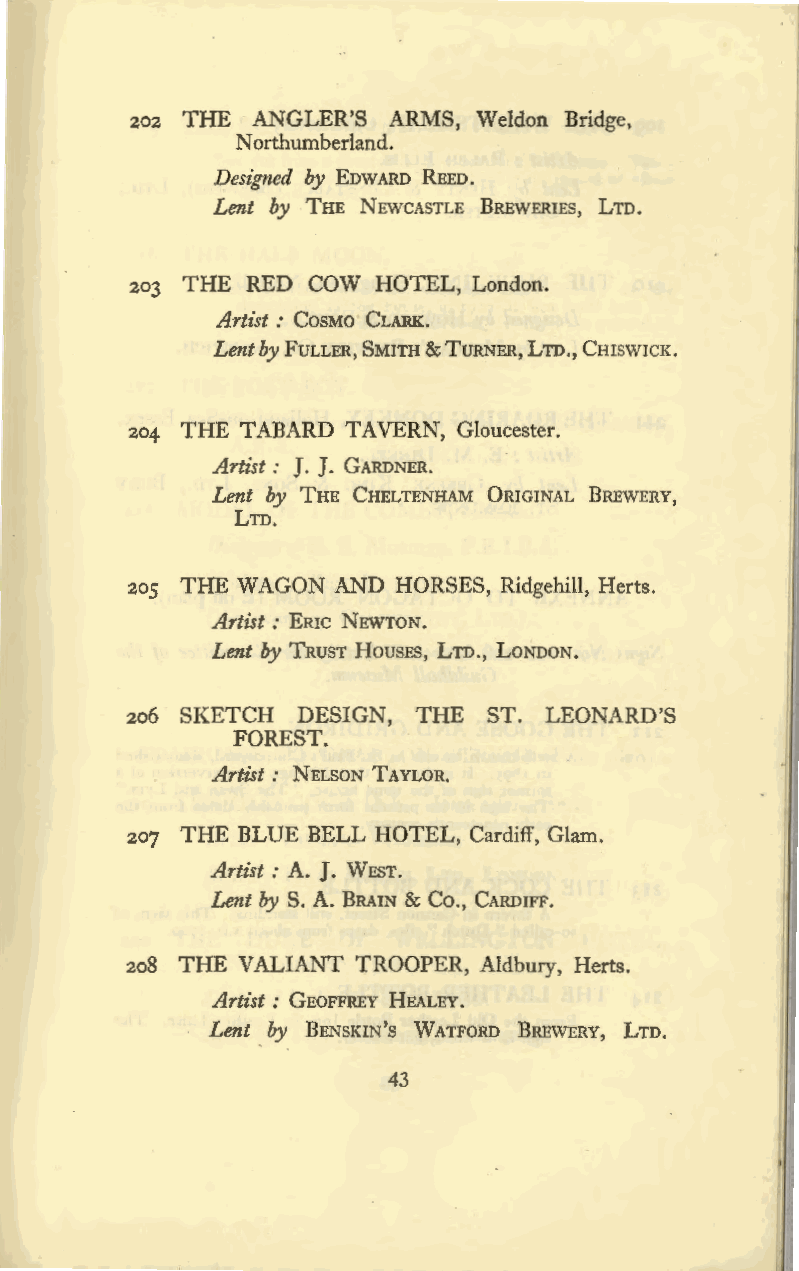
202 THE ANGLER'S ARMS, Weldon Bridge,
 Northumberland.
 Designed by EDWARD REED.
 Lent by THE NEWCASTLE BREWERIES, LTD.
 203 THE RED COW HOTEL, London.
 Artist: COSMO CLARK.
 Lent by FULLER, SMITH & TURNER, LTD., CHISWICK.
 204 THE TABARD TAVERN, Gloucester.
 Artist : J. J. GARDNER.
 Lent by THE CHELTENHAM ORIGINAL BREWERY,
 LTD.
 205 THE WAGON AND HORSES, Ridgehill, Herts.
 Artist: ERIC NEWTON.
 Lent by TRUST HousEs, LTD., LONDON.
 206 SKETCH  DESIGN, THE ST. LEONARD'S
 FOREST.
 Artist: NELSON TAYLOR.
 207 THE BLUE BELL HOTEL, Cardiff, Glam.
 Artist: A. J. WEST.
 Lent by S. A. BRAIN & Co., CARDIFF.
 208 THE VALIANT TROOPER, Aldbury, Herts.
 Artist : GEOFFREY HEALEY.
 Lent by BENSKIN's WATFORD BREWERY, LTD.
 43